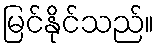
မြင်နိုင်သည်။